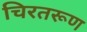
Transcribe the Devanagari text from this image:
चिरतरूण